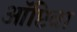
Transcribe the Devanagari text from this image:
ऑप्टिवा